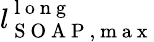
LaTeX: l_{\mathrm{~S~O~A~P~,~m~a~x~}}^{\mathrm{~l~o~n~g~}}